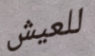
للعيش